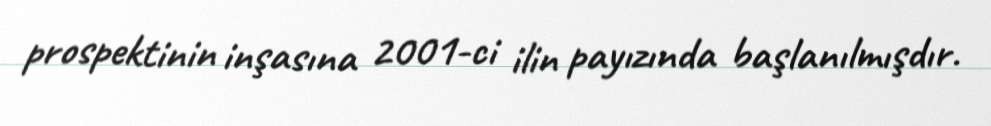
prospektinin inşasına 2001-ci ilin payızında başlanılmışdır.